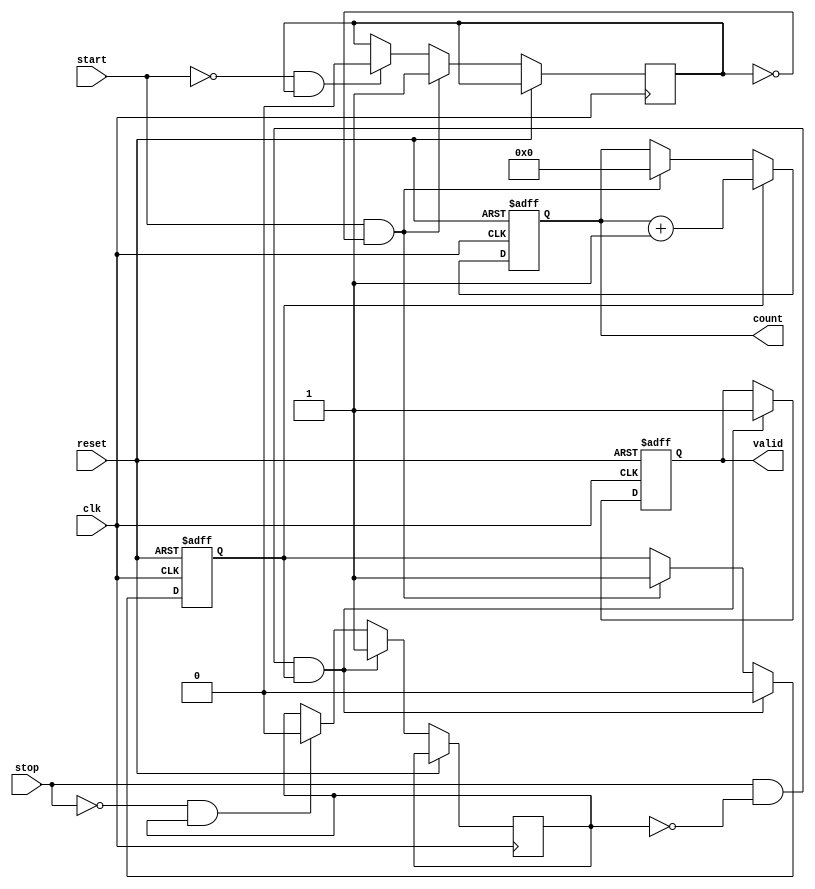
module TDC (
    input wire clk,           // High-frequency clock
    input wire reset,         // Asynchronous reset
    input wire start,         // Start signal
    input wire stop,          // Stop signal
    output reg [15:0] count,  // 16-bit counter output
    output reg valid          // Indicates valid count output
);

    reg counting;             // State to indicate counting status
    reg start_detected;       // State to detect start signal
    reg stop_detected;        // State to detect stop signal

    // Memory Block (FIFO-like, can be expanded)
    reg [15:0] memory [0:15]; // 16 entries of 16-bit wide memory
    integer write_pointer;     // Pointer to write in memory
    
    // Initialize Memory and Count
    initial begin
        write_pointer = 0;
        count = 0;
        valid = 0;
        counting = 0;
    end

    // Control Logic
    always @(posedge clk or posedge reset) begin
        if (reset) begin
            // Reset conditions
            count <= 0;
            valid <= 0;
            counting <= 0;
            write_pointer <= 0;
        end else begin
            // Detect rising edge of start signal
            if (start && !start_detected) begin
                start_detected <= 1;
                counting <= 1; // Start counting
                count <= 0;    // Reset count to 0
            end else if (!start && start_detected) begin
                start_detected <= 0; // Reset detecting state
            end
            
            // Counting process
            if (counting) begin
                count <= count + 1;  // Increment counter with each clock cycle
            end
            
            // Detect rising edge of stop signal
            if (stop && !stop_detected && counting) begin
                stop_detected <= 1;
                counting <= 0;       // Stop counting
                valid <= 1;          // Mark valid output
                // Save count in memory
                if (write_pointer < 16) begin
                    memory[write_pointer] <= count; // Store the count in memory
                    write_pointer <= write_pointer + 1; // Increment write pointer
                end else begin
                    // Optional: handle overflow in memory if necessary
                    // For example, reset write_pointer or indicate an error
                end
            end else if (!stop && stop_detected) begin
                stop_detected <= 0; // Reset detecting state
            end
        end
    end
    
endmodule